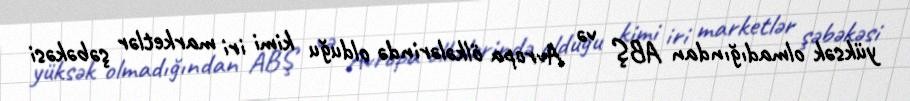
yüksək olmadığından ABŞ və Avropa ölkələrində olduğu kimi iri marketlər şəbəkəsi